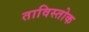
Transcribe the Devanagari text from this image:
ताविस्तोक